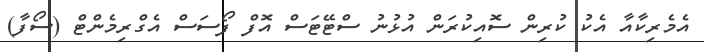
އެމެރިކާއާ އެކު ކުރިން ސޮއިކުރަން އުޅުނު ސްޓޭޓަސް އޮފް ފޯސަސް އެގްރިމެންޓް (ސޯފާ)